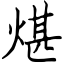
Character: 煁